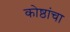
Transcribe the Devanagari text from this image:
कोष्ठांचा